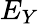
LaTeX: E_{Y}